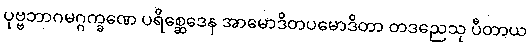
ပုဗ္ဗဘာဂမဂ္ဂက္ခဏေ ပရိစ္ဆေဒေန အာမောဒိတပမောဒိတာ တဒညေသု ပီတာယ